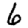
Digit: 6